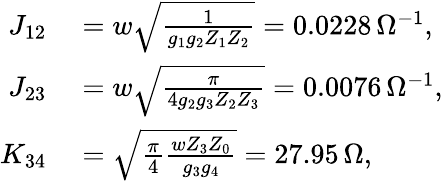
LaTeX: \begin{array}{rl}{J_{12}}&{{}=w\sqrt{\frac{1}{g_{1}g_{2}Z_{1}Z_{2}}}=0.0228\, \Omega^{-1},}\\ {J_{23}}&{{}=w\sqrt{\frac{\pi}{4g_{2}g_{3}Z_{2}Z_{3}}}=0.0076\, \Omega^{-1},}\\ {K_{34}}&{{}=\sqrt{\frac{\pi}{4}\frac{wZ_{3}Z_{0}}{g_{3}g_{4}}}=27.95\, \Omega,}\end{array}